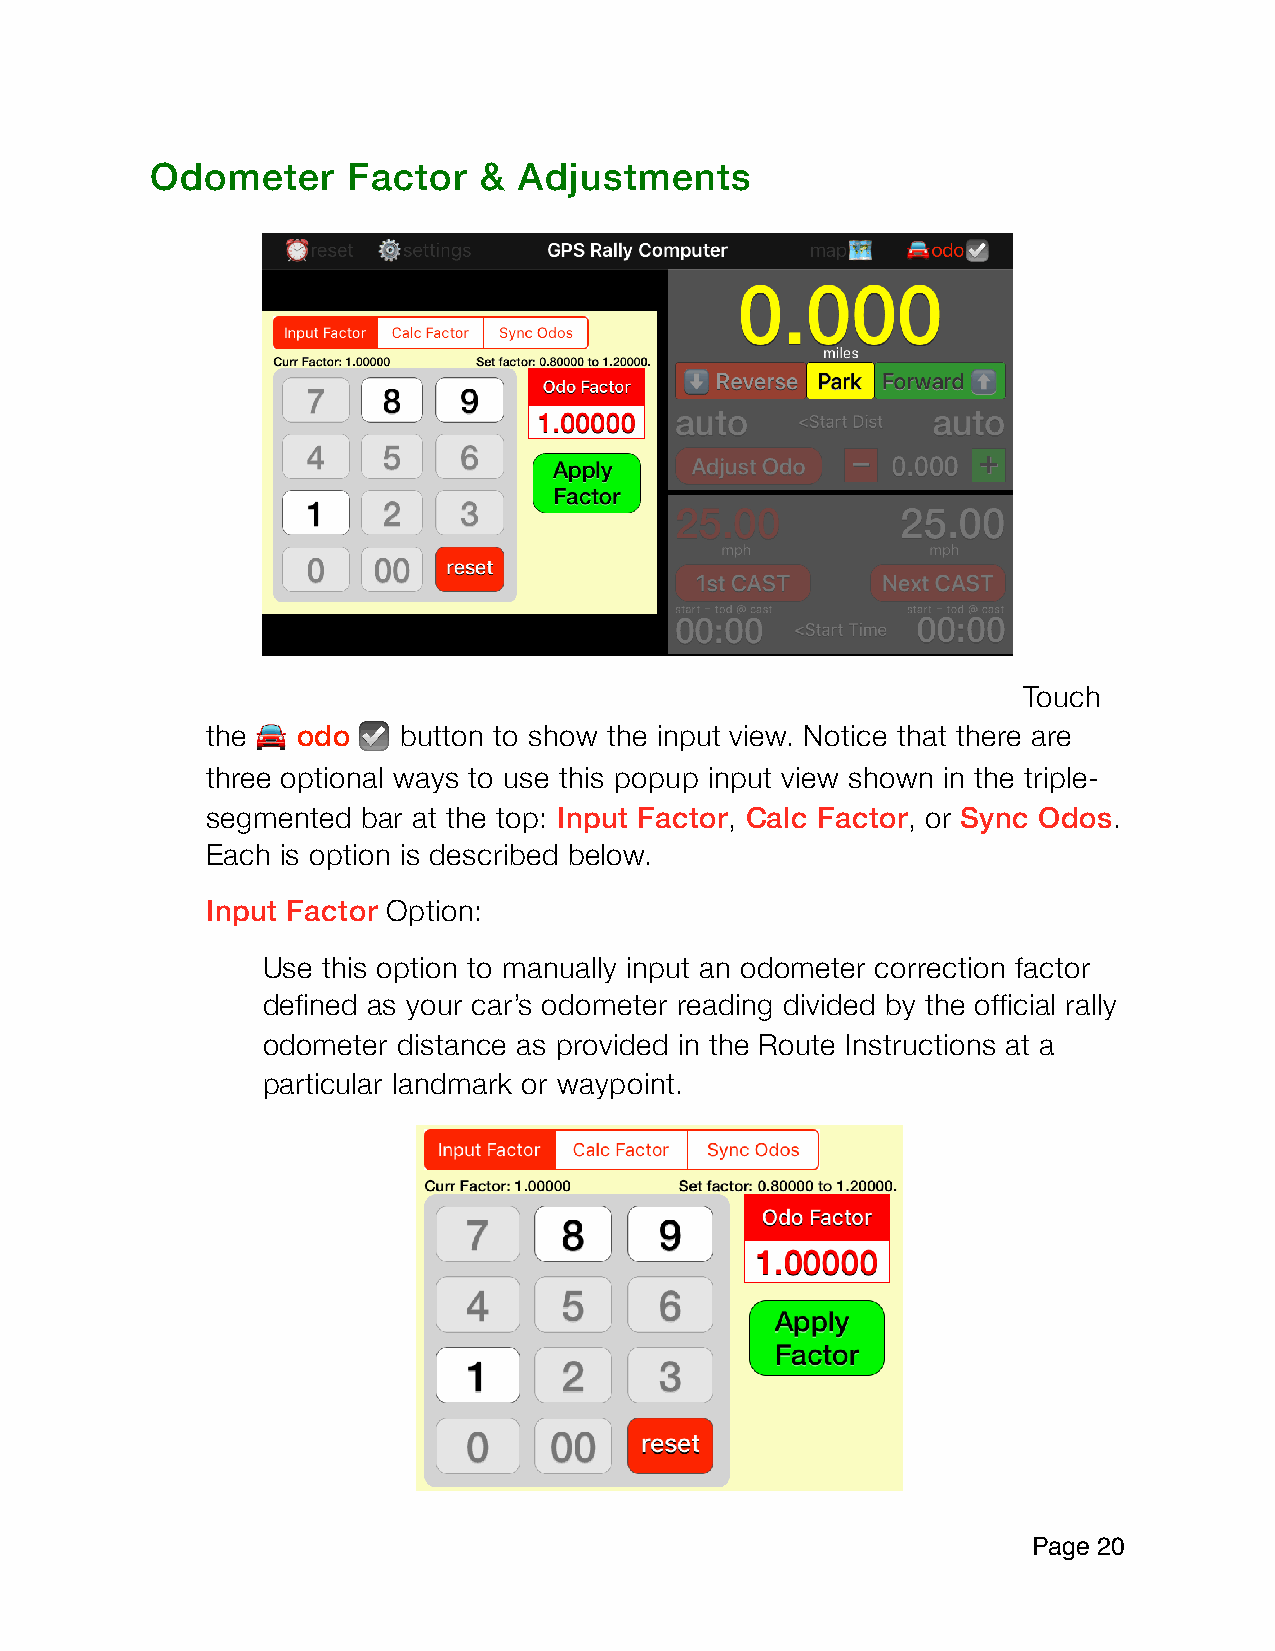
Odometer     Factor   & Adjustments
 Touch
 the   odo   button to show the input view. Notice that there are
 🚘      ☑
 three optional ways to use this popup input view shown in the triple-
 segmented bar at the top: Input Factor, Calc Factor, or Sync Odos.
 Each is option is described below.
 Input Factor Option:
 Use this option to manually input an odometer correction factor
 defined as your car’s odometer reading divided by the official rally
 odometer distance as provided in the Route Instructions at a
 particular landmark or waypoint.
 Page 2 0